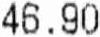
46.90